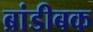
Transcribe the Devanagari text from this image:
ब्रांडीबक